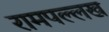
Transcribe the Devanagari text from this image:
रामपल्लख